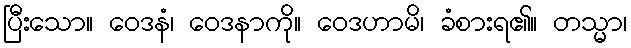
ပြီးသော။ ဝေဒနံ၊ ဝေဒနာကို။ ဝေဒဟာမိ၊ ခံစားရ၏။ တသ္မာ၊